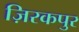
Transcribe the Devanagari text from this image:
ज़िरकपुर